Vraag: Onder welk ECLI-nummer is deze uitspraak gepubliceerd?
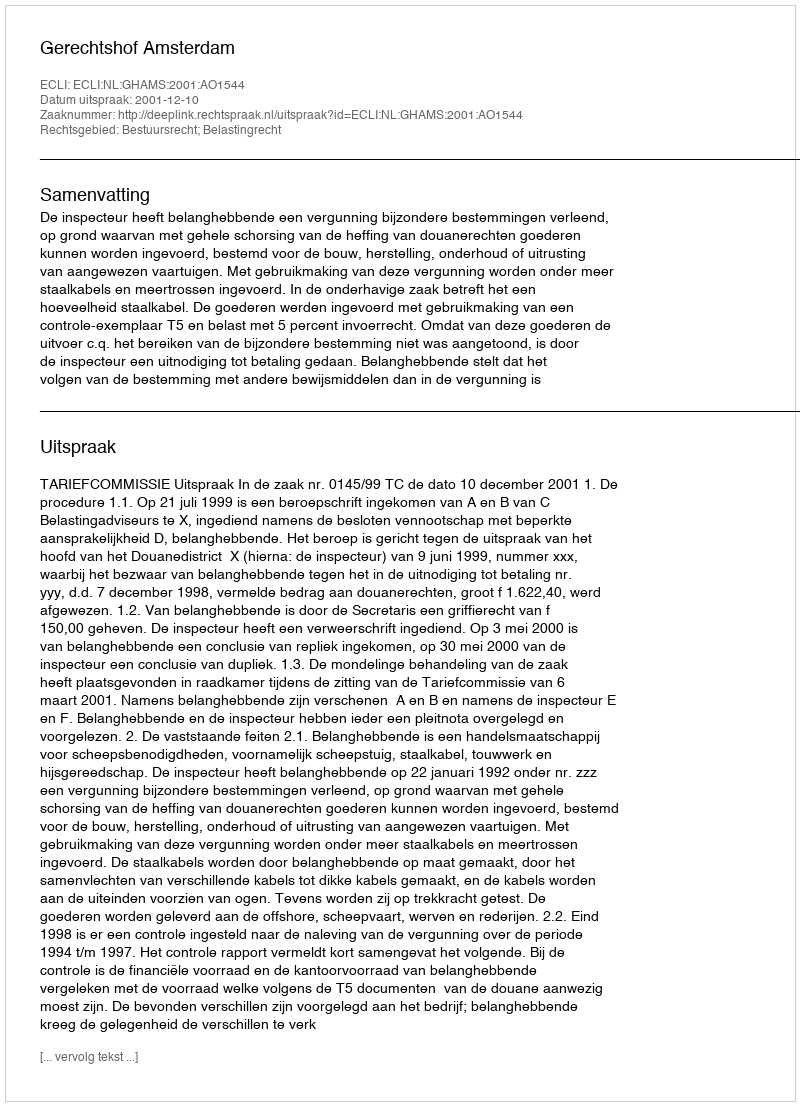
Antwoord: ECLI:NL:GHAMS:2001:AO1544